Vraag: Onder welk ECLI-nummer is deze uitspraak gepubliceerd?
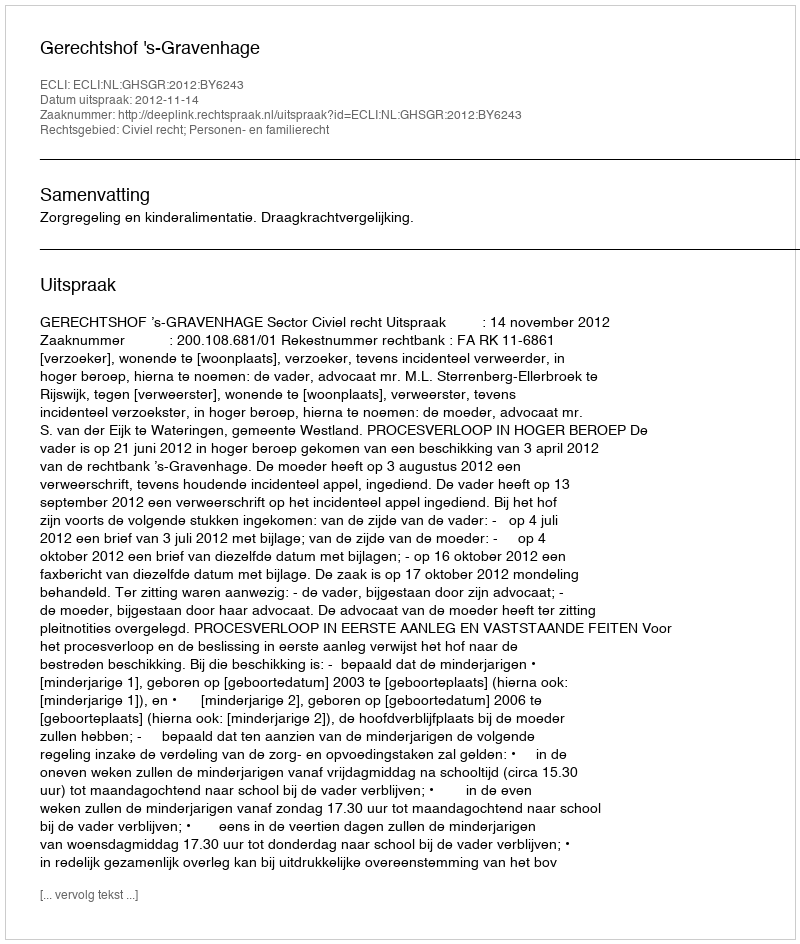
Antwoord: ECLI:NL:GHSGR:2012:BY6243